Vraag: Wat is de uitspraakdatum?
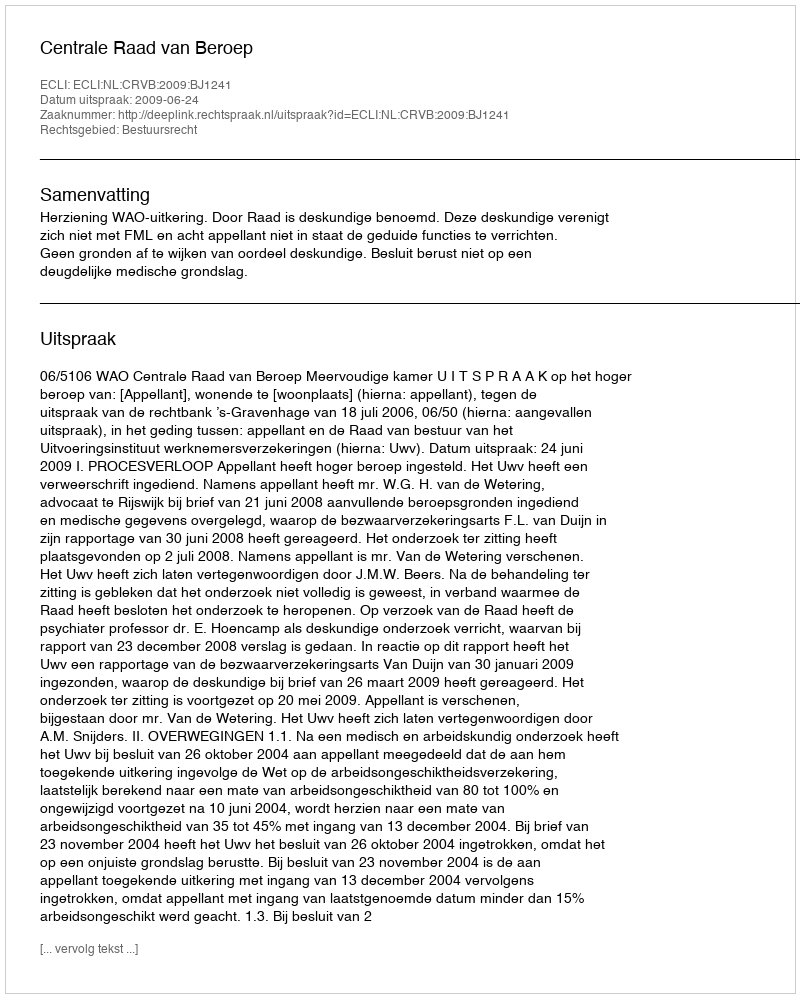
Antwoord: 2009-06-24